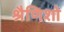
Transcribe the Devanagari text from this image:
श्रैणिशो